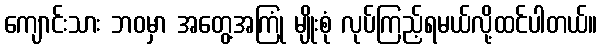
ကျောင်းသား ဘဝမှာ အတွေ့အကြုံ မျိုးစုံ လုပ်ကြည့်ရမယ်လို့ထင်ပါတယ်။